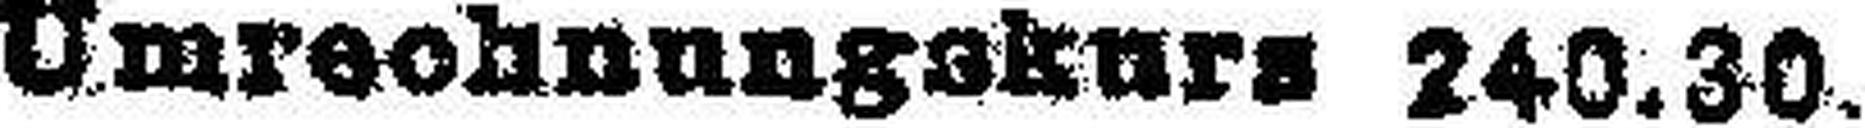
Umrechnungakurs 240.30.